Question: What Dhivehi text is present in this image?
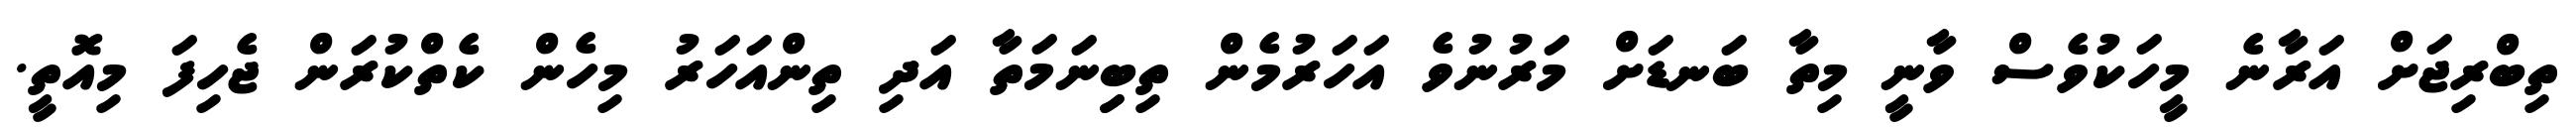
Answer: ތިބްރިޖަށް އަރާނެ މީހަކުވެސް ވާނީ މިތާ ބަނޑަށް މަރުނުވެ އަހަރުމެން ތިބިިނަމަތާ އަދި ތިންއަހަރު މިހެން ކެތްކުރަން ޖެހިފަ މިއޮތީ.